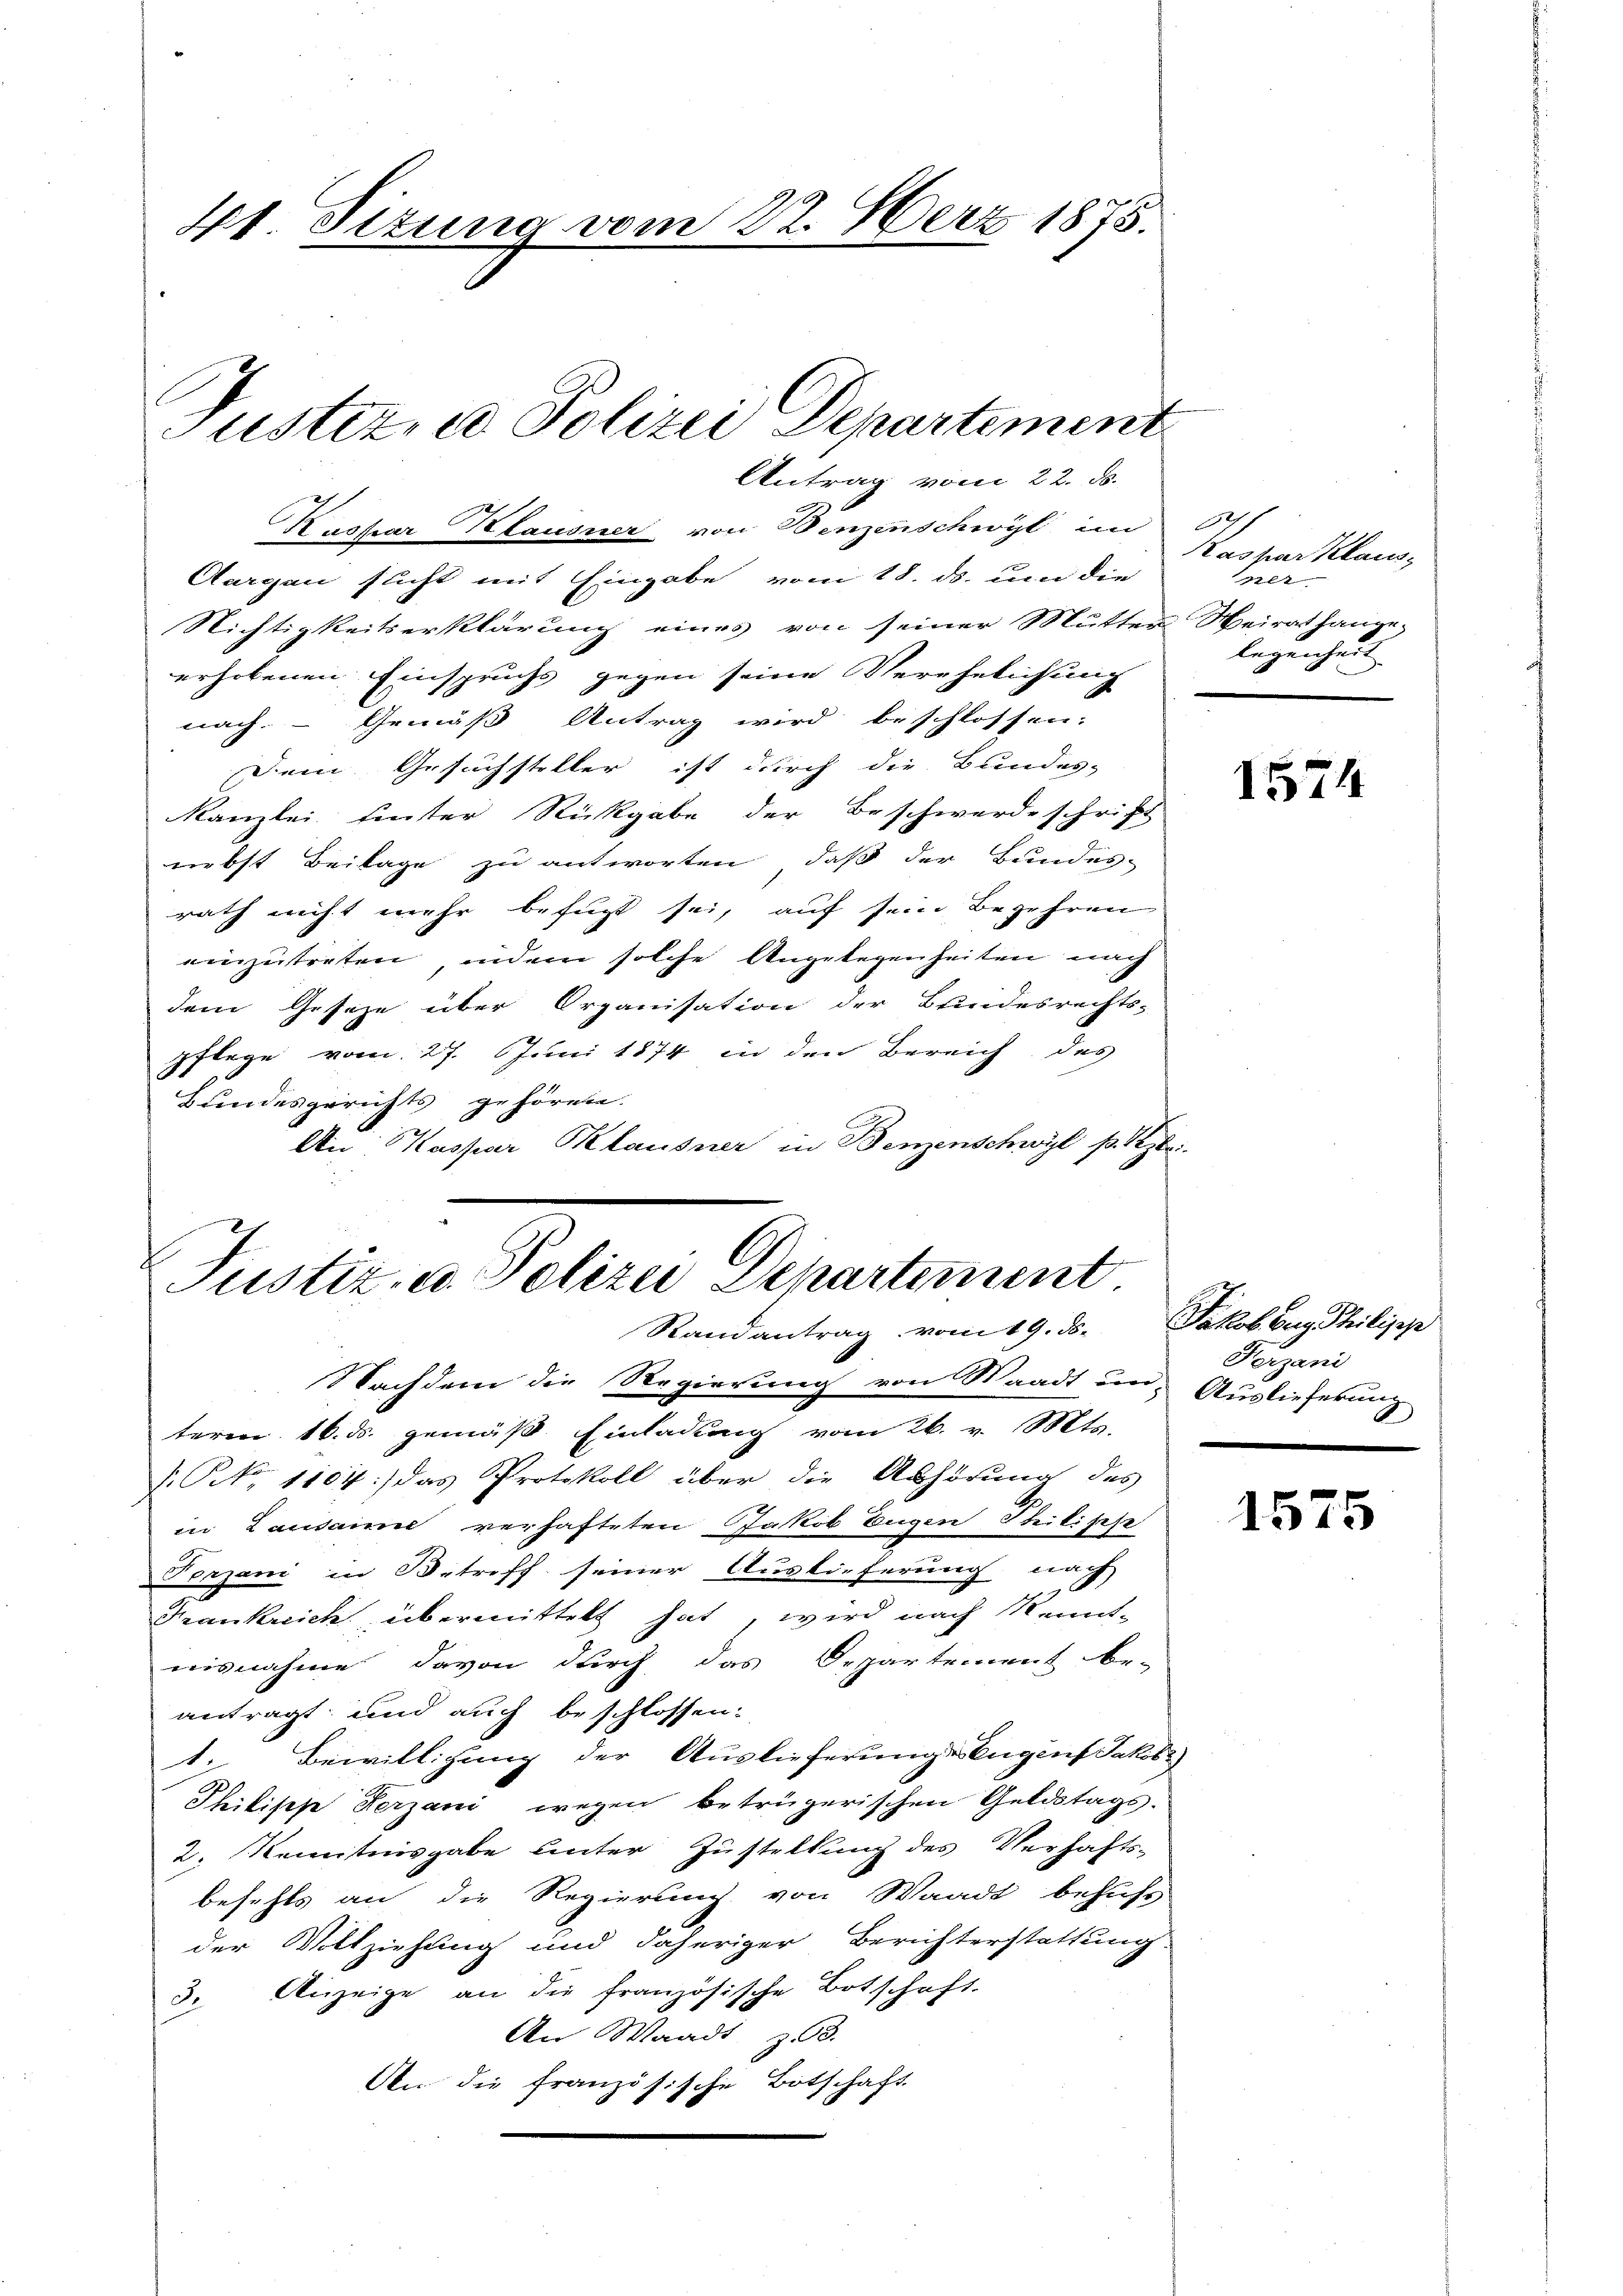
41. Situng vom 22. Merz 1875.

Justiz, u. Polizei Departement
Antrag vom 22. ds.

Kaspar Klausner von Benzenschwyl im 67/
Aurgau sucht mit Eingabe vom 18. ds. um die
Nichtigkeitserklärung eines von seiner Mutter Heirat hangeerhobenen Einspruchs gegen seine Verehelichung
nach. - Gemäß Antrag wird beschlossen:
Dem Gesuchsteller ist durch die Bundes-
Kanzlei hinter Rückgabe der Beschwerdeschrift
nebst Beilage zu antworten, daß der Bundes-
rath nicht mehr befugt sei, auf sein Begehren
einzutreten, indem solche Angelegenheiten nach
dem Geseze über Organisation der Bundesrechts-
pflege vom 27. Juni 1874 in den Bereich des
Bundesgerichts gehören.
An Kaspar Klausner in Benzenschwyl p. bei

Justiz- u. Polizei Departement
Randantrag vom 19. ds. Jakob Buz Philipp

Kaspar Klausner
legenzut

Nachdem die Regierung von Waadt un- Auslieferung
term 16. ds. gemäß Einladung vom 26. v. Mts.
/. P. 1104) das Protokoll über die Abhörung des
in Lausanne verhafteten Jakob Eugen Beilische
Ferzani in Betreff seiner Auslieferung nach
Frankreich übermittelt hat, wird nach Kennt-
nisnahme davon durch das Departement be-
antragt; und auch beschlossen:
1. Bewilligung der Auslieferungs Eugens Jakob
Philische Herzani wegen betrügerischen Geldstags-
2. Kenntnisgabe unter Zustellung des Verhafts-
befehls an die Regierung von Waadt behufs
der Vollziehung und daheriger Berichterstattung
3. Anzeige an die französische Botschaft.
An Waadt z. 3.
An die französische Botschaft

1574

Ferzani
2

1575